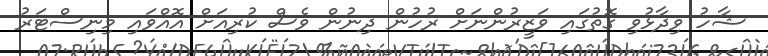
ޝާހު ވިދާޅުވި ގޮތުގައި ވަޒީރުންނަށް ރުހުން ދިނުން ވެސް ކުރިއަށް އޮއްވައި މިނިސްޓަރު